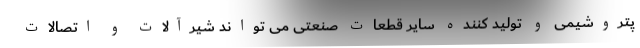
پتروشیمی و تولید کننده سایر قطعات صنعتی می تواند شیرآلات و اتصالات